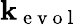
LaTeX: \mathbf{k}_{\mathrm{{~e~v~o~l~}}}